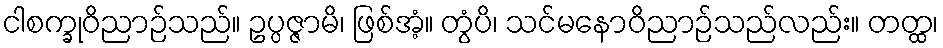
ငါစက္ခုဝိညာဉ်သည်။ ဥပ္ပဇ္ဇာမိ၊ ဖြစ်အံ့။ တွံပိ၊ သင်မနောဝိညာဉ်သည်လည်း။ တတ္ထ၊